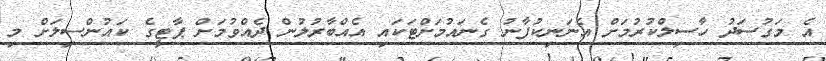
އެ މަގުސަދު ހާސިލްކުރުމަށް އެނަނިކުފާނު ގެނައުމަށްޓަކައި އެއްބާރުލުން ދެއްވުމަށް ޕާޓީގެ ކައުންސިލަށް މި